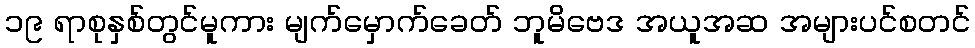
၁၉ ရာစုနှစ်တွင်မူကား မျက်မှောက်ခေတ် ဘူမိဗေဒ အယူအဆ အများပင်စတင်